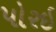
પોરઇ